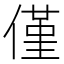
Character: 僅